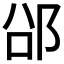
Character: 𮟲